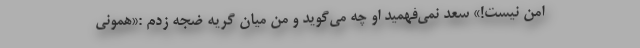
امن نیست!» سعد نمی‌فهمید او چه می‌گوید و من میان گریه ضجه زدم :«همونی